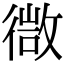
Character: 㣲